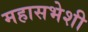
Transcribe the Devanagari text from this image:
महासभेशी